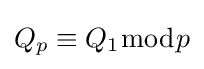
Q_{p}\equiv Q_{1}{\bmod {p}}